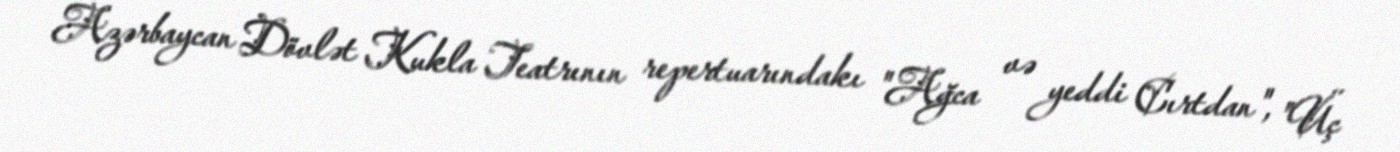
Azərbaycan Dövlət Kukla Teatrının repertuarındakı "Ağca və yeddi Cırtdan", "Üç